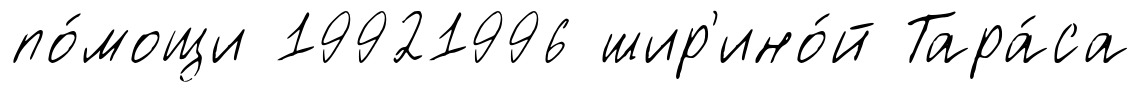
по́мощи 19921996 шир'ино́й Тара́са